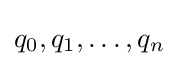
q_{0},q_{1},\ldots ,q_{n}